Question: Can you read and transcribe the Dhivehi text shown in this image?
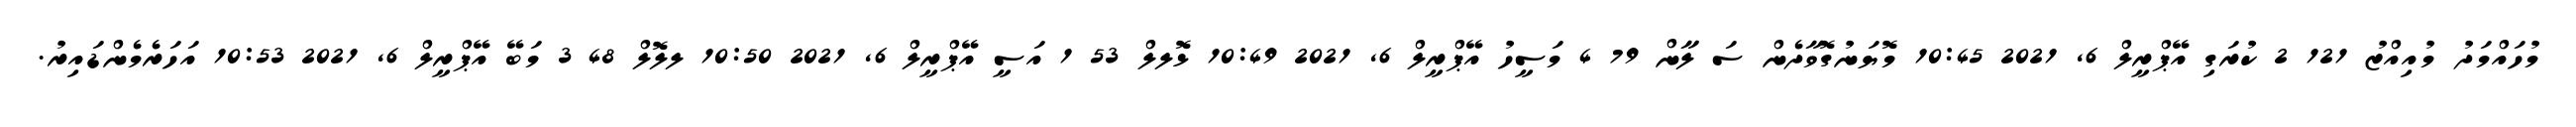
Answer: މުހައްމަދު މުއިއްޒު 121 2 ކުރަގި އޭޕްރީލް 6, 2021 10:45 މޮޔަނުގޮވާދެން ސަ ލާން 79 4 މަސީހު އޭޕްރީލް 6, 2021 10:49 ޅޮލލް 53 1 އަސީ އޭޕްރީލް 6, 2021 10:50 ލލޮލް 48 3 މަބޭ އޭޕްރީލް 6, 2021 10:53 އަހަރެމެންޑައިރު.